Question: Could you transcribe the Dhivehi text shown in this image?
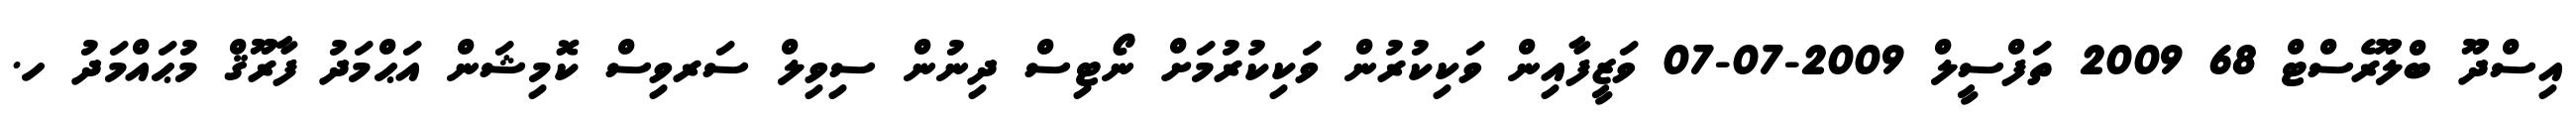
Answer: އިސްދޫ ބްލޫރެސްޓް 68 2009 ތަފްސީލް 2009-07-07 ވަޒީފާއިން ވަކިކުރުން ވަކިކުރުމަށް ނޯޓިސް ދިނުން ސިވިލް ސަރވިސް ކޮމިޝަން އަޙްމަދު ފާރޫޤް މުޙައްމަދު ހ.